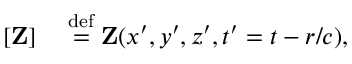
\begin{array} { r l } { [ \mathbf Z ] } & { { } \stackrel { \operatorname { d e f } } { = } { \mathbf Z } ( x ^ { \prime } , y ^ { \prime } , z ^ { \prime } , t ^ { \prime } = t - r / c ) , } \end{array}